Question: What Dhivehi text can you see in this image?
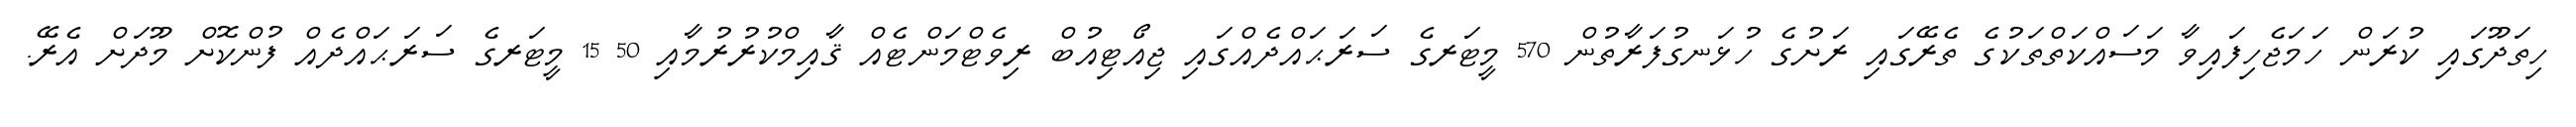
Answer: ހިތަދޫގައި ކުރަން ހަމަޖެހިފައިވާ މަސައްކަތްތަކުގެ ތެރޭގައި ރަށުގެ ހުޅަނގުފަރާތުން 570 މީޓަރގެ ސަރަޙައްދެއްގައި ޖިއޯޓިއުބް ރިވެޓްމަންޓެއް ޤާއިމްކުރުރުމާއި 50 15 މީޓަރގެ ސަރަޙައްދެއް ފުންކޮށް މޫދަށް އެރޭ.